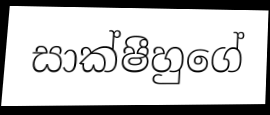
සාක්ෂීහුගේ